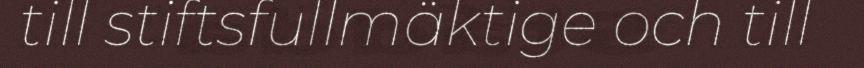
till stiftsfullmäktige och till